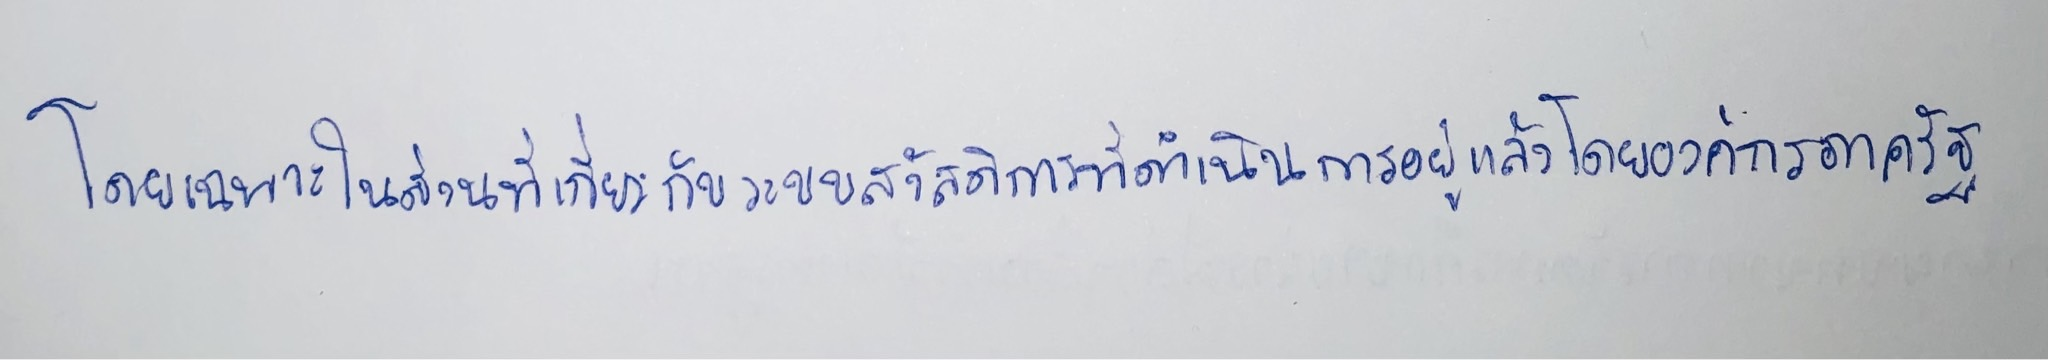
โดยเฉพาะในส่วนที่เกี่ยวกับระบบสวัสดิการที่ดำเนินการอยู่แล้วโดยองค์กรภาครัฐ